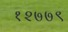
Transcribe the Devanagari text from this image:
१२७७९